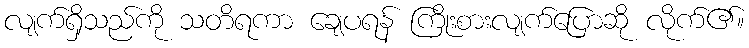
လျက်ရှိသည်ကို သတိရကာ ချေပရန် ကြိုးစားလျက်ပြောဆို လိုက်၏။